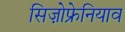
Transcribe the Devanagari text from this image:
सिज़ोफ्रेनियाव